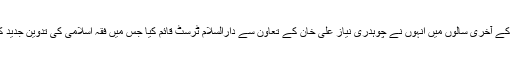
اپنی عمر عزیز کے آخری سالوں میں انہوں نے چوہدری نیاز علی خان کے تعاون سے دارالسلام ٹرسٹ قائم کیا جس میں فقہ اسلامی کی تدوین جدید کی نیو ڈالی گئی۔